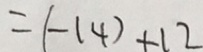
= ( - 1 4 ) + 1 2